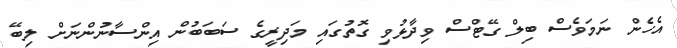
އެހެން ނަމަވެސް ބިލް ގޭޓްސް ވިދާޅުވި ގޮތުގައި މަދިރީގެ ސަބަބުން އިންސާނުންނަށް ލިބޭ